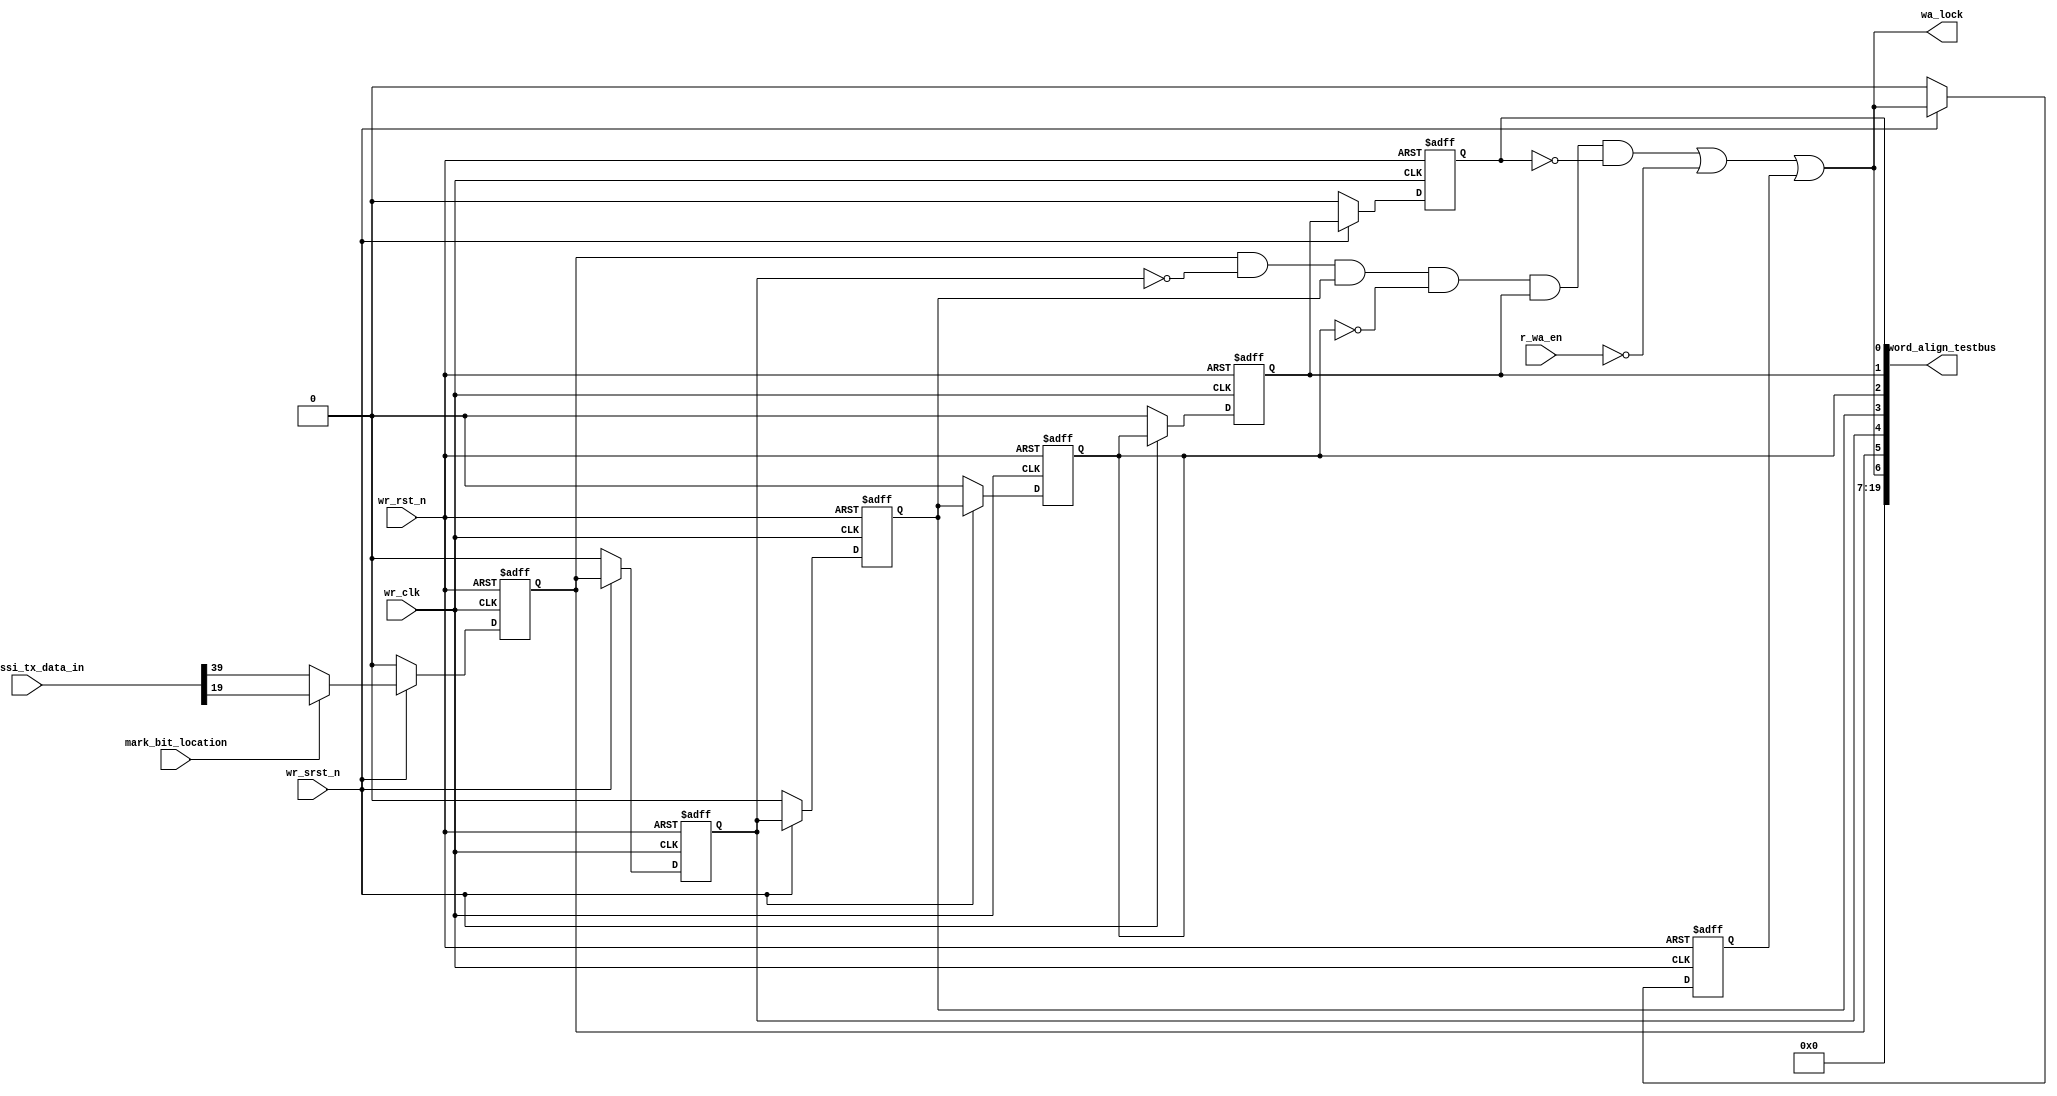
// This program was cloned from: https://github.com/intel/aib-phy-hardware
// License: Apache License 2.0

// SPDX-License-Identifier: Apache-2.0
// Copyright (C) 2019 Intel Corporation. All rights reserved
//------------------------------------------------------------------------
// (C) 2009 Altera Corporation. All rights reserved.  
//
//------------------------------------------------------------------------
// Revision:    $Revision: #1 $
//------------------------------------------------------------------------
// Description: 
//
//------------------------------------------------------------------------


module c3aibadapt_txdp_word_align 
  #(
    parameter DWIDTH = 'd40             // FIFO Input data width 
    )
    (
    input  wire               wr_clk,      	  // clock
    input  wire               wr_rst_n,       	  // async reset
    input  wire               wr_srst_n,       	  // sync reset
    input  wire               r_wa_en,            // Word-align enable  
    input  wire [DWIDTH-1:0]  aib_hssi_tx_data_in,    // Write Data In
    input  wire		      mark_bit_location,
    output wire		      wa_lock,		  // Go to FIFO, status reg
    output wire [19:0]	      word_align_testbus
    );
    
 //********************************************************************
// Define Parameters 
//********************************************************************


//********************************************************************
// Define variables 
//********************************************************************

reg		        wm_bit;
reg		        wm_bit_d1;
reg		        wm_bit_d2;
reg		        wm_bit_d3;
reg		        wm_bit_d4;
reg		        wm_bit_d5;
reg			wa_lock_lt;
wire			wa_lock_int;
//********************************************************************
// Main logic 
//********************************************************************



//Word-align
always @(negedge wr_rst_n or posedge wr_clk) begin
   if (wr_rst_n == 1'b0) begin
     wm_bit 	 <= 1'b0;
     wm_bit_d1 <= 1'b0;
     wm_bit_d2 <= 1'b0;
     wm_bit_d3 <= 1'b0;
     wm_bit_d4 <= 1'b0;
     wm_bit_d5 <= 1'b0;
   end
   else if (wr_srst_n == 1'b0) begin
     wm_bit 	 <= 1'b0;
     wm_bit_d1 <= 1'b0;
     wm_bit_d2 <= 1'b0;
     wm_bit_d3 <= 1'b0;
     wm_bit_d4 <= 1'b0;
     wm_bit_d5 <= 1'b0;
   end
   else begin
     wm_bit 	 <= ~mark_bit_location ? aib_hssi_tx_data_in[39] : aib_hssi_tx_data_in[19];
     wm_bit_d1 <= wm_bit;
     wm_bit_d2 <= wm_bit_d1;
     wm_bit_d3 <= wm_bit_d2;
     wm_bit_d4 <= wm_bit_d3;
     wm_bit_d5 <= wm_bit_d4;
   end
end

always @(negedge wr_rst_n or posedge wr_clk) begin
   if (wr_rst_n == 1'b0) begin
     wa_lock_lt 	 <= 1'b0;
   end
   else if (wr_srst_n == 1'b0) begin
     wa_lock_lt 	 <= 1'b0;
   end   else begin
     wa_lock_lt 	 <= wa_lock_int || wa_lock_lt;
   end
end

assign wa_lock_int = wm_bit && ~wm_bit_d1 && wm_bit_d2 && ~wm_bit_d3 && wm_bit_d4 && ~wm_bit_d5 || ~r_wa_en;

assign wa_lock = wa_lock_int || wa_lock_lt;

//assign wa_error = (data_out[39] || ~data_out[79]) && r_wa_en && rd_en_reg;

//always @(negedge wr_rst_n or posedge wr_clk) begin
//   if (wr_rst_n == 1'b0) begin
//     wa_error_cnt <= 1'b0;
//   end
//   else if (wa_error_cnt < 4'b1111 && wa_error) begin
//     wa_error_cnt 	<= wa_error_cnt + 1'b1;
//   end
//end

assign word_align_testbus = {13'd0, wa_lock, wm_bit, wm_bit_d1, wm_bit_d2, wm_bit_d3, wm_bit_d4, wm_bit_d5};
  
endmodule